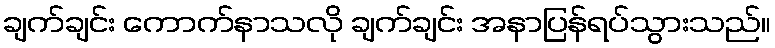
ချက်ချင်း ကောက်နာသလို ချက်ချင်း အနာပြန်ရပ်သွားသည်။